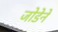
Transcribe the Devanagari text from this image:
जोडेने